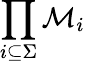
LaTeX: \prod_{i\subseteq\Sigma}{\mathcal{M}}_{i}